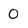
Character: 0